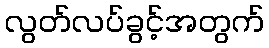
လွတ်လပ်ခွင့်အတွက်